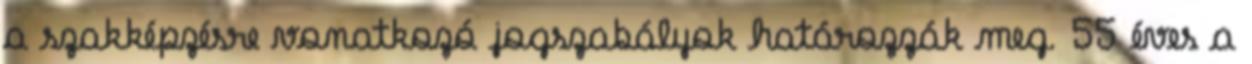
a szakképzésre vonatkozó jogszabályok határozzák meg. 55 éves a